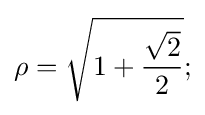
\rho ={\sqrt {1+{\frac {\sqrt {2}}{2}}}};